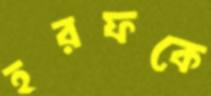
হরফকে